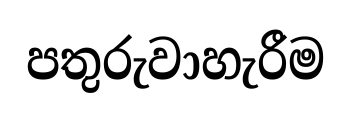
පතුරුවාහැරීම